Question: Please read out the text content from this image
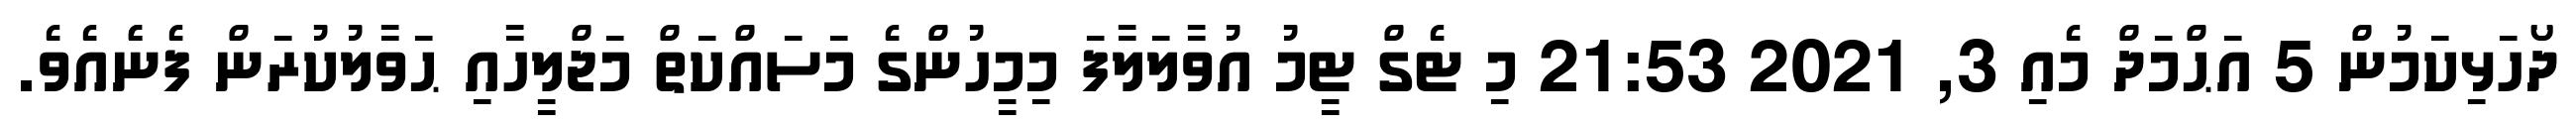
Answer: ދޯހަޅިކަމުން 5 އަޙްމަދް މެއި 3, 2021 21:53 މި ޓެގް ޓީމު އުވާލަލާފަ މިމީހުންގެ މަސައްކަތް މަޖްލީހާއި ޙަވާލުކުރަން ފެނެެއެވެ.